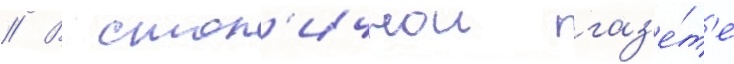
// В стол'ичнои газ'е́т'е